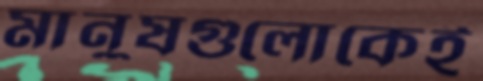
মানুষগুলোকেই